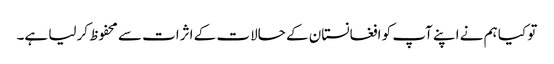
تو کیا ہم نے اپنے آپ کو افغانستان کے حالات کے اثرات سے محفوظ کرلیا ہے۔